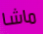
ماشا